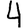
Digit: 4